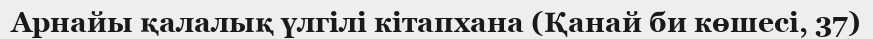
Арнайы қалалық үлгілі кітапхана (Қанай би көшесі, 37)